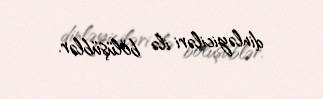
dinləyiciləri ilə bölüşüblər.